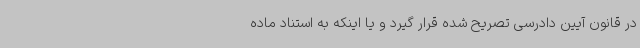
در قانون آیین دادرسی تصریح شده قرار گیرد و یا اینکه به استناد ماده